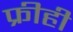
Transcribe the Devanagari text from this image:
फ्रीही